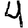
Digit: 4